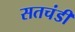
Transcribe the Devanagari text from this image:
सतचंडी